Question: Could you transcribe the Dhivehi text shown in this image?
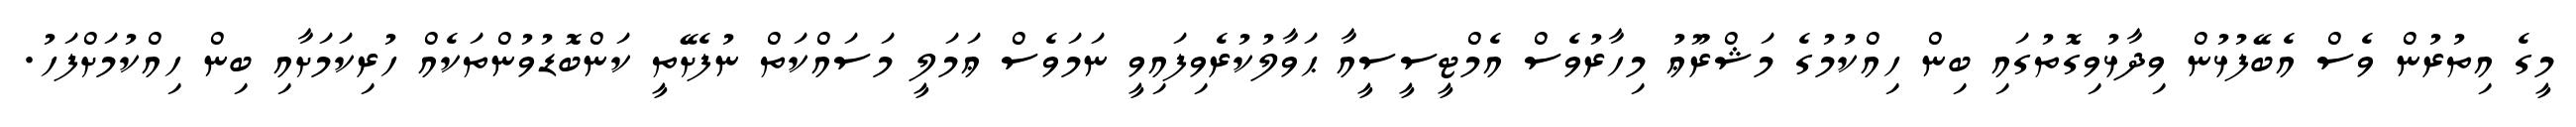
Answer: މީގެ އިތުރުން ވެސް އެބޭފުޅުން ވިދާޅުވިގޮތުގައި ބިން ހިއްކުމުގެ މަޝްރޫޢު މިހާރުވެސް އެމްޓީސީސީއާ ޙަވާލުކުރެވިފައިވީ ނަމަވެސް ޢަމަލީ މަސައްކަތް ނުފެށޭތީ ކަންބޮޑުވުންތަކެއް ހުރިކަމަށާއި ބިން ހިއްކުމަށްފަހު.